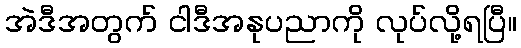
အဲဒီအတွက် ငါဒီအနုပညာကို လုပ်လို့ရပြီ။